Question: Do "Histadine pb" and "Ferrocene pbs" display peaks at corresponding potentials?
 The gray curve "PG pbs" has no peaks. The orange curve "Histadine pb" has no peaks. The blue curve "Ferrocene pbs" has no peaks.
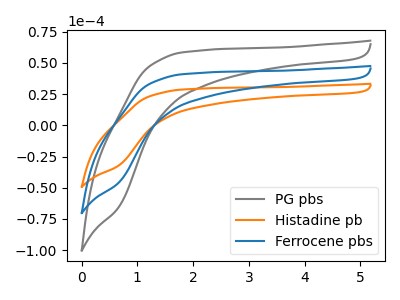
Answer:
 <answer>Niether CV has any peaks.</answer>
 <eval>blanks</eval>